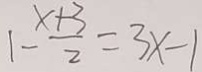
1 - \frac { x + 3 } { 2 } = 3 x - 1